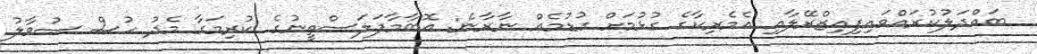
ބައްދަލުކުރައްވައިފިއިޒްރޭލާއި އެމެރިކާގެ ގުޅުމަށް ގުޑުމެއް ނާރާނެ: އޮބާމާފަލަސްތީނުގެ ކުރިމަގާ މެދު ހުސް ސުވާލު